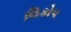
લિકોપ